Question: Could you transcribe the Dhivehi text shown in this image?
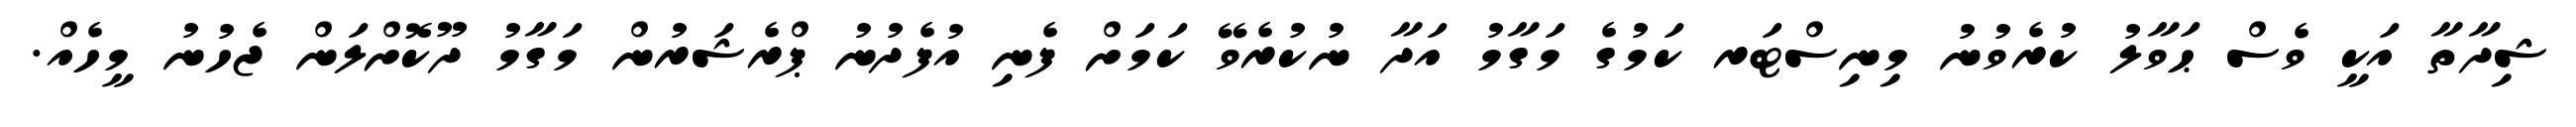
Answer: ޝިދާތާ އަކީ ވެސް ޙަވާލު ކުރެވުނު މިނިސްޓަރ ކަމުގެ މަގާމު އަދާ ނުކުރެވޭ ކަމަށް ފެނި އުފެދުނު ޕްރެޝަރުން މަގާމު ދޫކޮށްލަން ޖެހުނު މީހެއް.